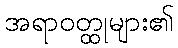
အရာဝတ္ထုများ၏